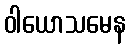
ဝါယောသမေန